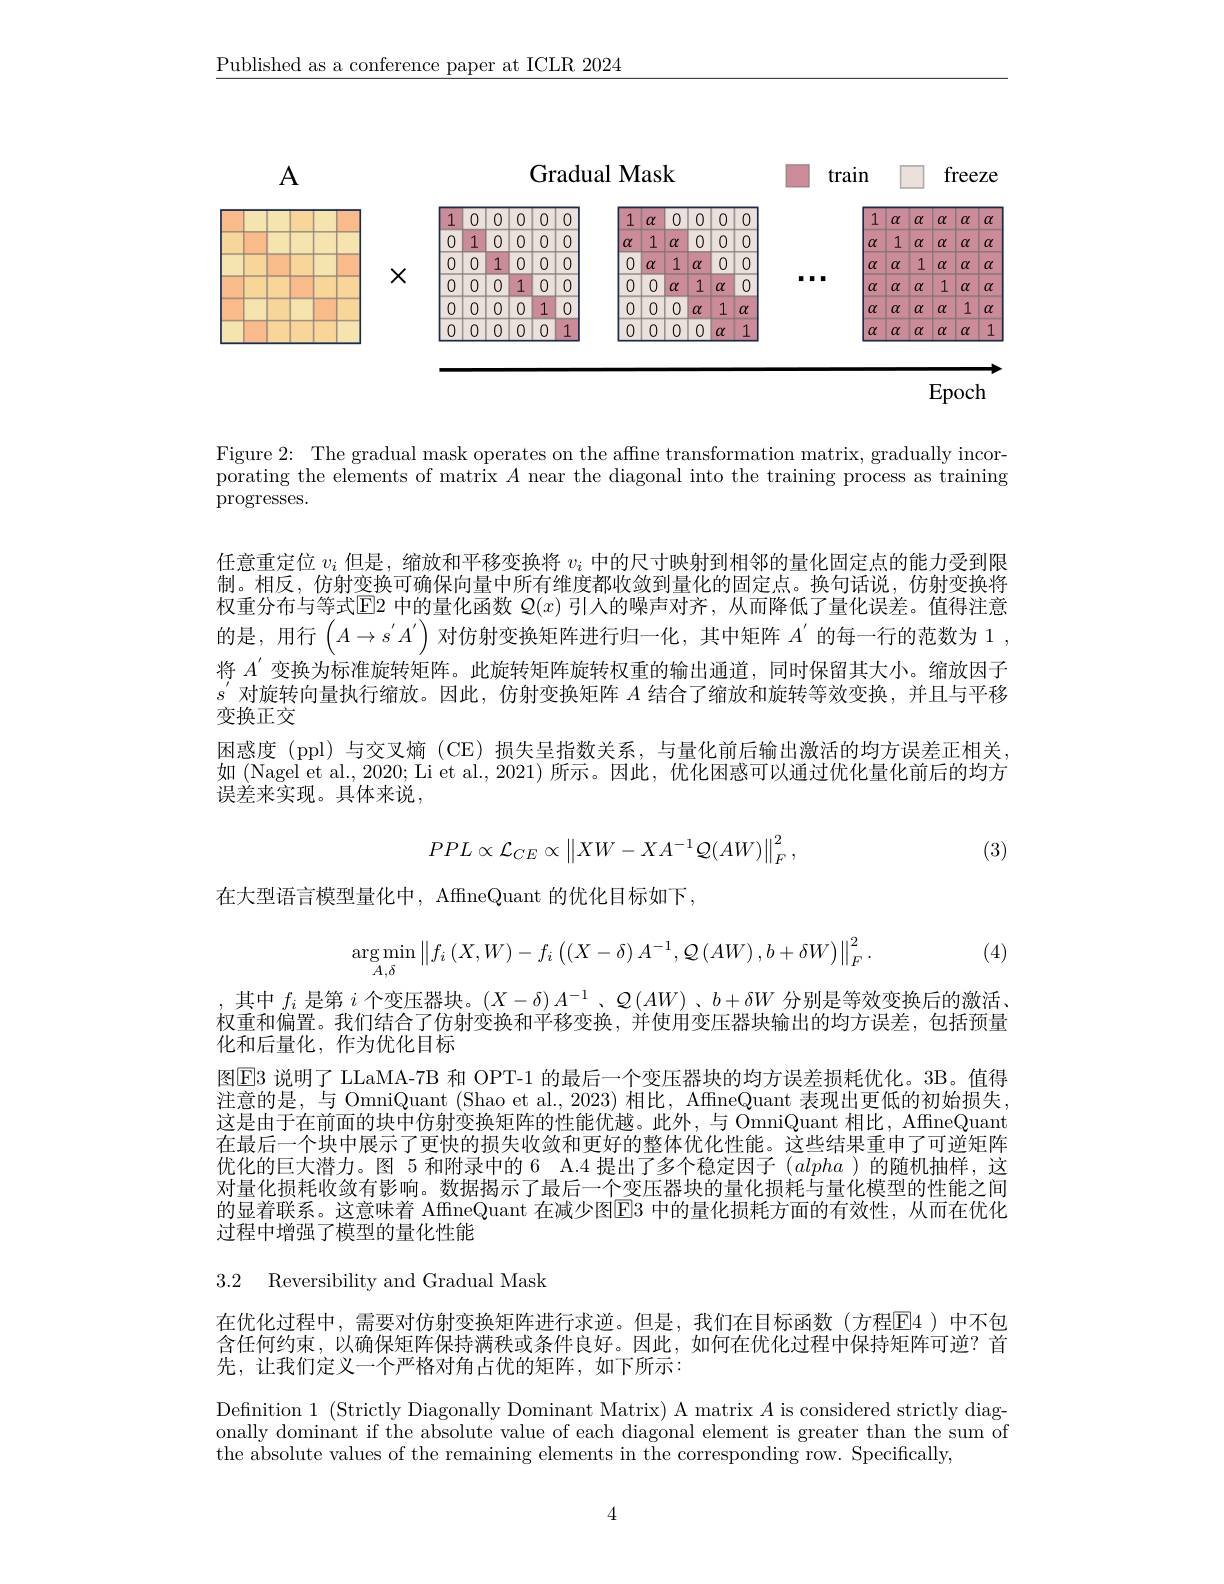
$\underline{\text{Published as a conference paper at ICLR 2024}}$

<FigureHere>

Epoch

Figure 2: The gradual mask operates on the affne transformation matrix, gradually incorporating the elements of matrix $A$ near the diagonal into the training process as training $\operatorname{progresses.}$

任意重定位$v_i$但是，缩放和平移变换将$v_i$中的尺寸映射到相邻的量化固定点的能力受到限制。相反，仿射变换可确保向量中所有维度都收敛到量化的固定点。换句话说，仿射变换将权重分布与等式$\color{red}{\mathrm{E}}$2 中的量化函数 $Q(x)$ 引人的噪声对齐，从而降低了量化误差。值得注意的是，用行$\left(A\to s^\prime A^{\prime}\right)$对仿射变换矩阵进行归一化，其中矩阵 $A^\prime$的每一行的范数为 1 , 将$A^{\prime}$变换为标准旋转矩阵。此旋转矩阵旋转权重的输出通道，同时保留其大小。缩放因子$s^{\prime}$对旋转向量执行缩放。因此，仿射变换矩阵 $A$ 结合了缩放和旋转等效变换，并且与平移变换正交
困惑度 (ppl)与交叉熵 (CE)损失呈指数关系，与量化前后输出激活的均方误差正相关， 如(Nagel et al., 2020; Li et al., 2021) 所示。因此，优化困惑可以通过优化量化前后的均方误差来实现。具体来说，

(3)
$$PPL\propto\mathcal{L}_{CE}\propto\begin{Vmatrix}XW-XA^{-1}\mathcal{Q}(AW)\end{Vmatrix}_{F}^{2},$$
在大型语言模型量化中，AffneQuant 的优化目标如下，
$$\underset{A,\delta}{\arg\min}\left\|f_i\left(X,W\right)-f_i\left(\left(X-\delta\right)A^{-1},\mathcal{Q}\left(AW\right),b+\delta W\right)\right\|_F^2.$$
(4)

其中$f_i$是第$i$个变压器块。$(X-\delta)A^-1$、$Q(AW)$ 、$b+\delta W$分别是等效变换后的激活、 权重和偏置。我们结合了仿射变换和平移变换，并使用变压器块输出的均方误差，包括预量化和后量化，作为优化目标
图$\boxed{\mathrm{E}}3$ 说明了 LLaMA-7B 和 OPT-1 的最后一个变压器块的均方误差损耗优化。3B。值得注意的是，与 OmniQuant (Shao et al., 2023) 相比，AffneQuant 表现出更低的初始损失， 这是由于在前面的块中仿射变换矩阵的性能优越。此外，与 OmniQuant 相比，AffneQuant 在最后一个块中展示了更快的损失收敛和更好的整体优化性能。这些结果重申了可逆矩阵优化的巨大潜力。图 5 和附录中的 6 A.4 提出了多个稳定因子$(alpha$ )的随机抽样，这对量化损耗收敛有影响。数据揭示了最后一个变压器块的量化损耗与量化模型的性能之间的显着联系。这意味着 AffineQuant 在减少图E3 中的量化损耗方面的有效性，从而在优化过程中增强了模型的量化性能

3.2 Reversibility and Gradual Mask

在优化过程中，需要对仿射变换矩阵进行求逆。但是，我们在目标函数(方程$\overline{\mathrm{F}}$4)中不包含任何约束，以确保矩阵保持满秩或条件良好。因此，如何在优化过程中保持矩阵可逆？首先，让我们定义一个严格对角占优的矩阵，如下所示：

Definition 1 (Strictly Diagonally Dominant Matrix) A matrix $A$ is considered strictly diagonally dominant if the absolute value of each diagonal element is greater than the sum of the absolute values of the remaining elements in the corresponding row. Specifically,

4